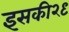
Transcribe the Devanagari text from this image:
इसकी२९